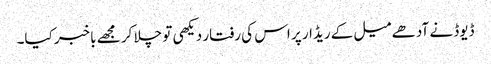
ڈیوڈ نے آدھے میل کے ریڈار پر اس کی رفتار دیکھی تو چلا کر مجھے باخبر کیا۔